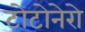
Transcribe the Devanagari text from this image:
टोटोनेरो